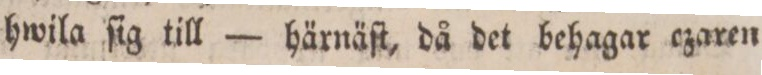
hwila ſig till — härnäſt, då det behagar czaren